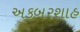
અકબરશાહ